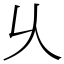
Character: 乆